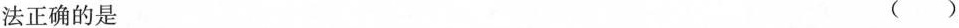
说法正确的是 ( )